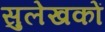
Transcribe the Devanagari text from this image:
सुलेखकों